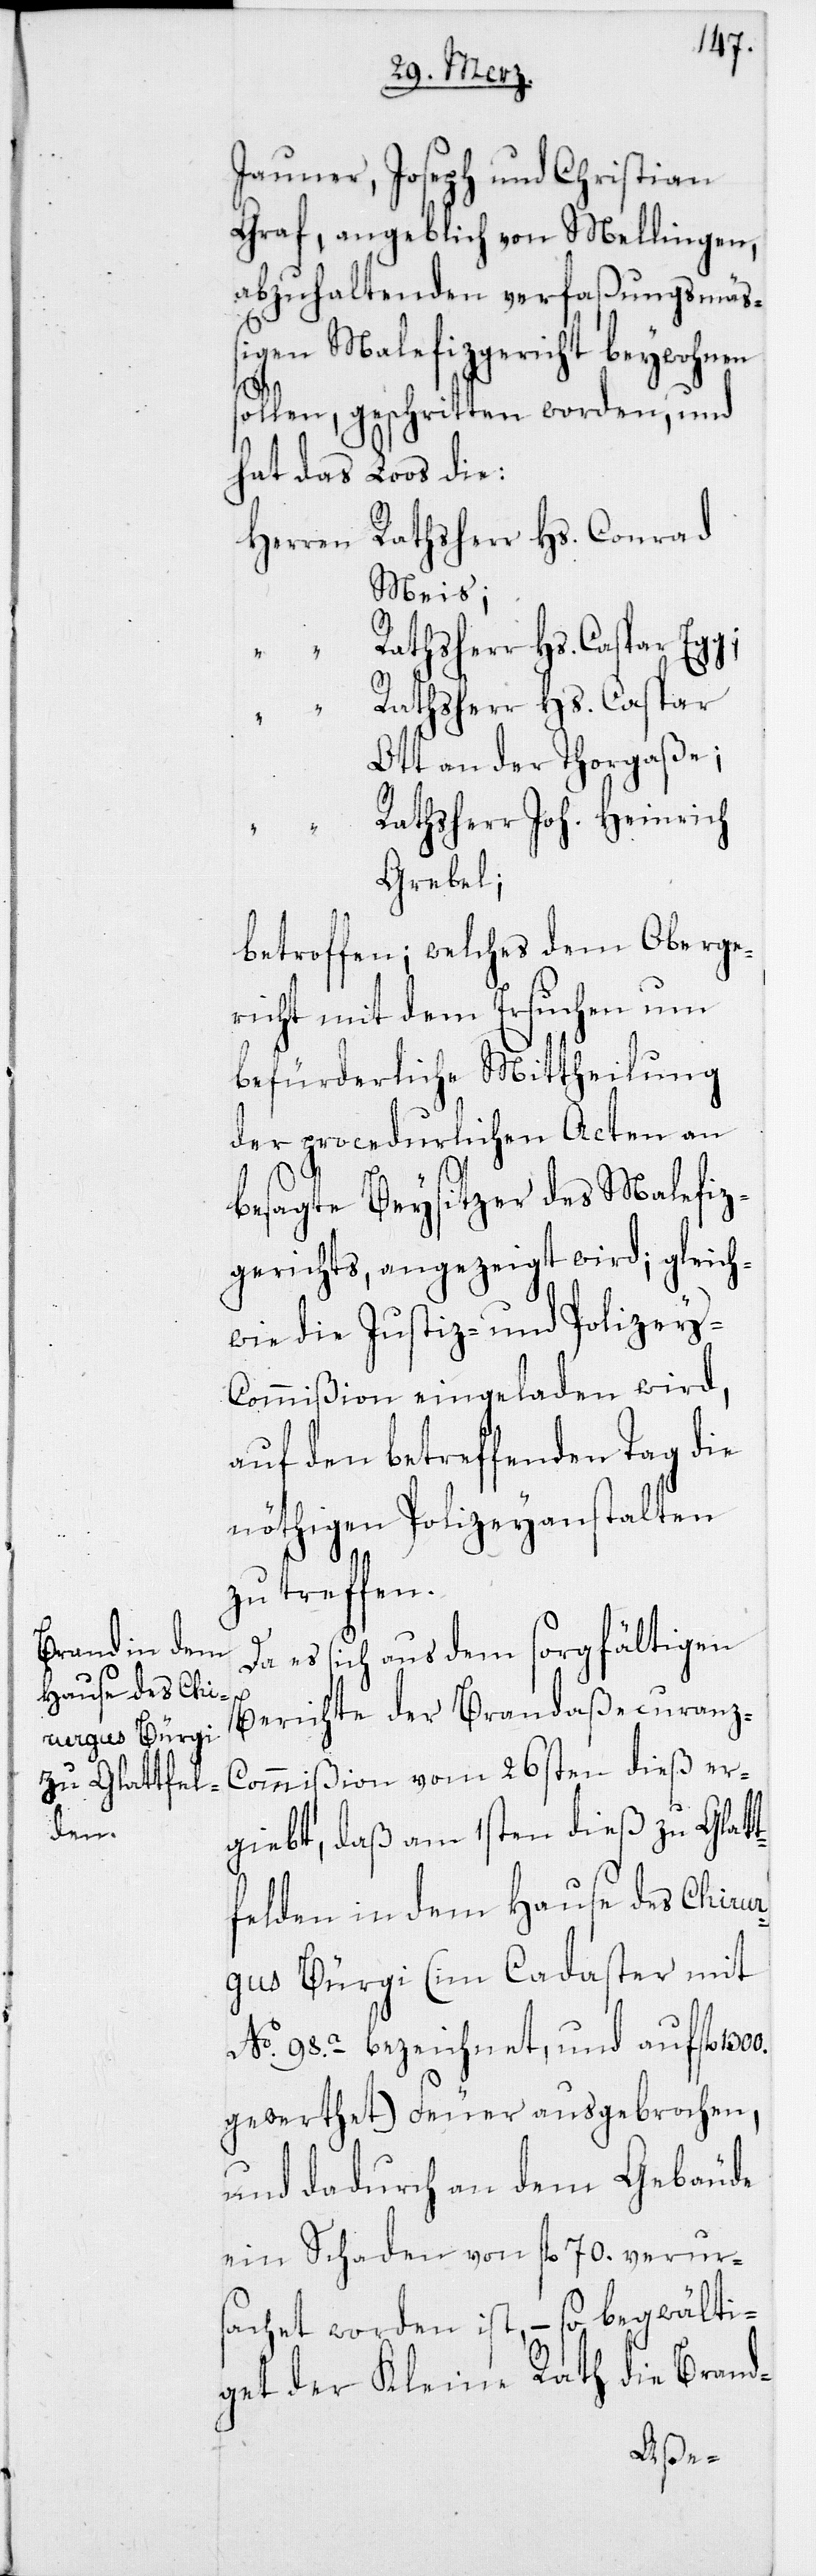
Jauner, Joseph und Christian
Graf, angeblich von Mellingen,
abzuhaltenden verfaßungsmäß¬
igen Malefizgericht beywohnen
sollen, geschritten worden, und
hat das Loos die:
Herren Rathsherr Hs. Conrad
Meis;
Rathsherr Hs. Caspar
Ott an der Thorgaße;
Rathsherr Joh. Heinrich
Grebel;
betroffen – welches dem Oberge¬
richt mit dem Ersuchen um
befürderliche Mittheilung
der procedurlichen Acten an
besagte Beysitzer des Malefiz¬
gerichts, angezeigt wird; gleich¬
wie die Justiz- und Polizey-C¬
ommißion eingeladen wird,
auf den betreffenden Tag die
nöthigen Polizeyanstalten
zu treffen.
Da es sich aus dem sorgfältigen
Berichte der Brandaßecuran¬
z-Commißion vom 26ten dieß er¬
giebt, daß am 1sten dieß zu Glatt¬
felden in dem Hause des Chirur¬
gus Bürgi (im Cadaster mit
No 98a bezeichnet, und auf fl.
gewerthet) Feuer ausgebrochen,
und dadurch an dem Gebäude
ein Schaden von fl. 70. verurs¬
achet worden ist, – so begwälti¬
get der Kleine Rath die Brand-